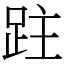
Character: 跓